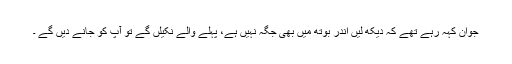
جوان کہہ رہے تھے کہ دیکھ لیں اندر بوتھ میں بھی جگہ نہیں ہے، پہلے والے نکیلں گے تو آپ کو جانے دیں گے ۔